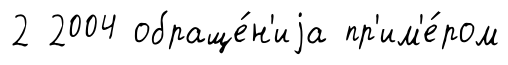
2 2004 обраще́н'иjа пр'им'е́ром